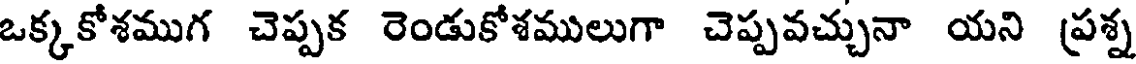
ఒక్కకోశముగ చెప్పక రెండుకోశములుగా చెప్పవచ్చునా యని ప్రశ్న